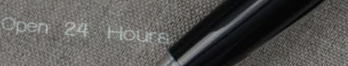
Open 24 Hours